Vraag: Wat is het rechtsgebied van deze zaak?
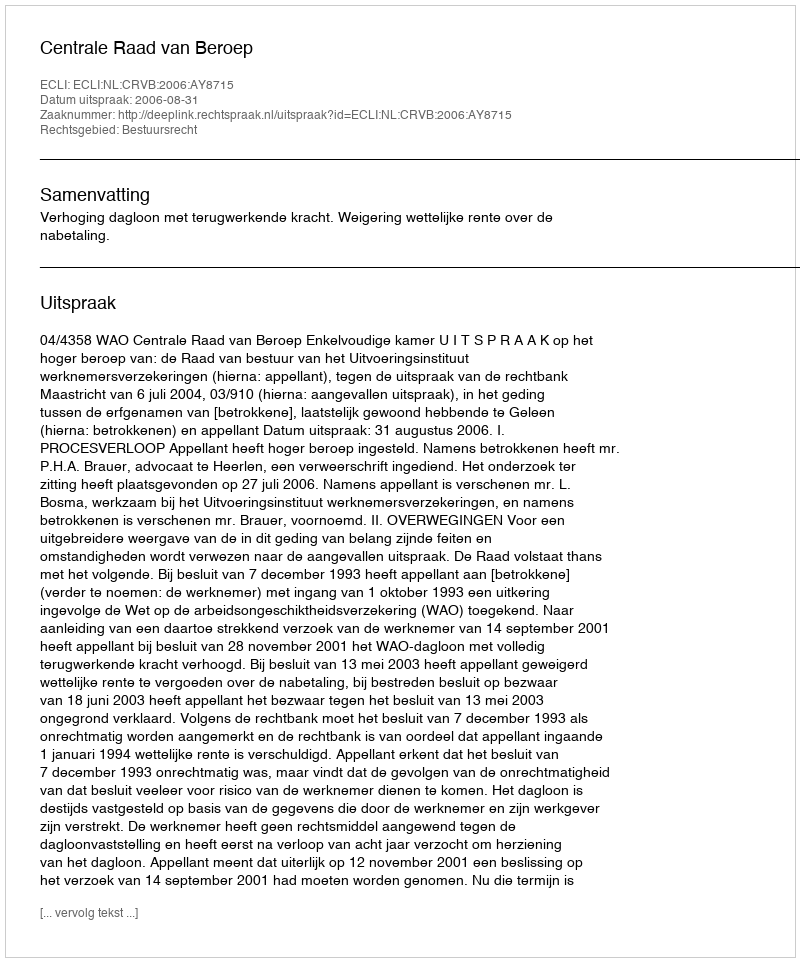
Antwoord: Bestuursrecht